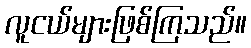
လူငယ်များဖြစ်ကြသည်။